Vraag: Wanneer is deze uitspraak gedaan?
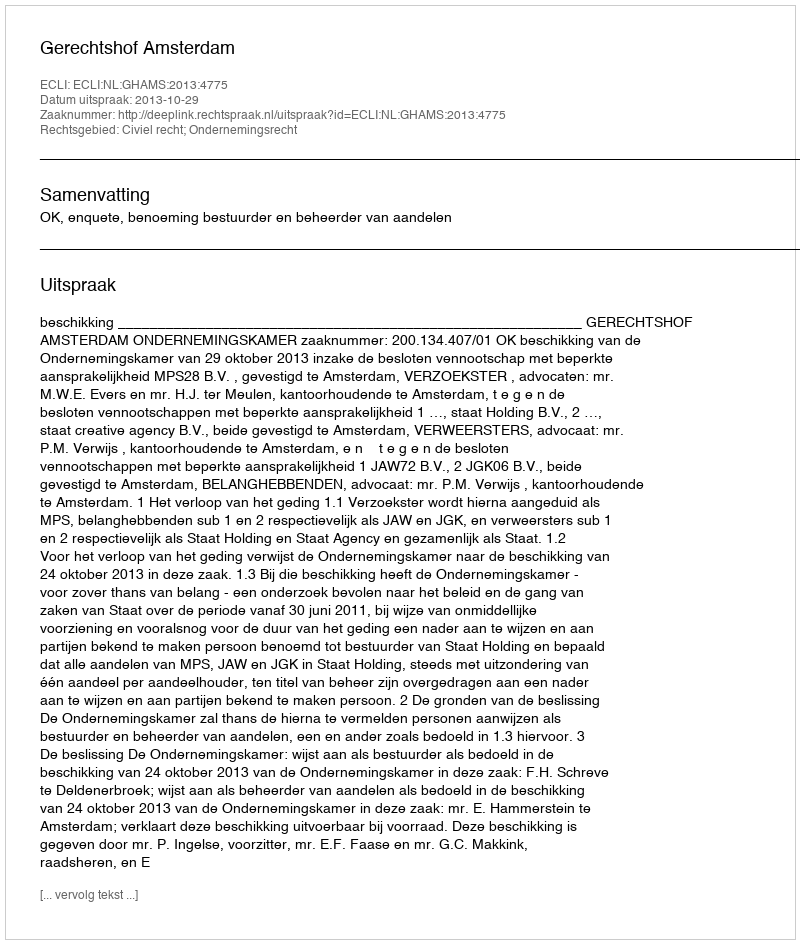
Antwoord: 2013-10-29